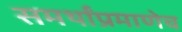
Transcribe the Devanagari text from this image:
समर्थांप्रमाणेच